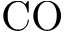
\mathrm { C O }